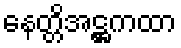
နေတ္တိအဋ္ဌကထာ